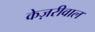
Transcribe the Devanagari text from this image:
केज़रीवाल